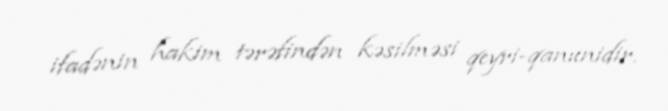
ifadənin hakim tərəfindən kəsilməsi qeyri-qanunidir.